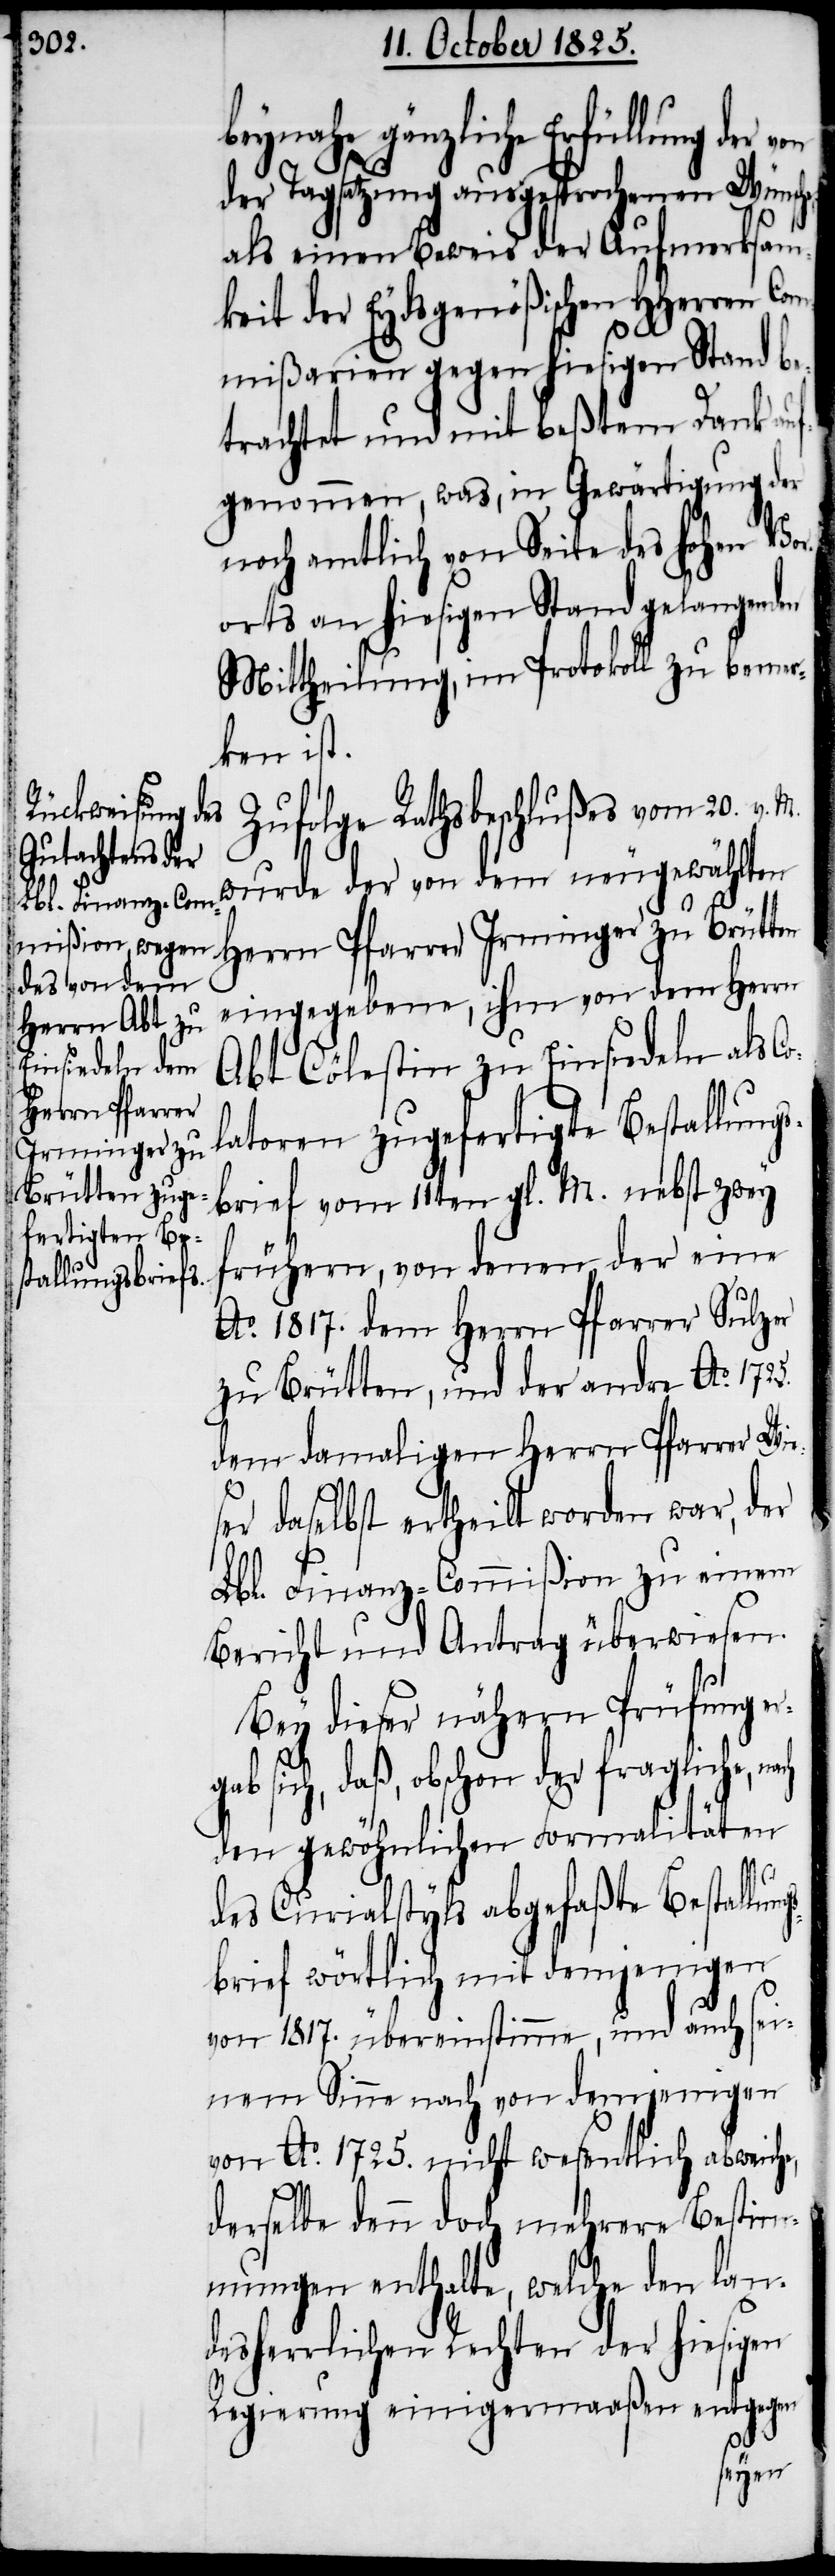
gs¬

beynahe gänzliche Erfüllung der
der Tagsatzung ausgesprochenen Wünsche
als einen Beweis der Aufmerksam¬
keit der Eydsgenößischen HHerren Co¬
mmißarien gegen hiesigen Stand be¬
trachtet und mit beßtem Dank auf¬
genommen, was, in Gewärtigung der
noch amtlich von Seite des hohen Vor¬
orts an hiesigen Stand gelangenden
Mittheilung, im Protokoll zu bemer¬
ken ist.
Zufolge Rathsbeschlußes vom 20. v.
wurde der von dem neugewählten
Herrn Pfarrer Irminger zu Brütten
eingegebene, ihm von dem Herrn
Abt Cölestin zu Einsiedeln als Co¬
latoren zugefertigte Bestallungs¬
brief vom 11ten gl. M. nebst zwey
frühern, von denen der eine
Ao. 1817. dem Herrn Pfarrer Sulzer
zu Brütten, und der andre Ao. 1725.
dem damaligen Herrn Pfarrer Wie¬
ser daselbst ertheilt worden war, der
Lbl. Finanz-Commißion zu einem
Bericht und Antrag überwiesen.
Bey dieser nähern Prüfung e¬
rgab sich, daß, obschon der fragliche, na¬
den gewöhnlichen Formalitäten
des Curialstyls abgefaßte Bestallun¬
brief wörtlich mit demjenigen
von 1817. übereinstimme, und auch sei¬
nem Sinn nach von demjenigen
von Ao. 1725. nicht wesentlich abweiche,
derselbe denn doch mehrere Bestim¬
mungen enthalte, welche den lan¬
desherrlichen Rechten der hiesigen
Regierung einigermaaßen entgegen